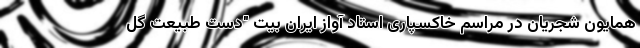
همایون شجریان در مراسم خاکسپاری استاد آواز ایران بیت "دست طبیعت گل